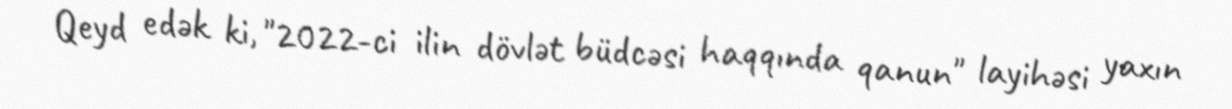
Qeyd edək ki, "2022-ci ilin dövlət büdcəsi haqqında qanun" layihəsi yaxın